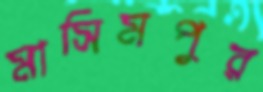
মাসিমপুর